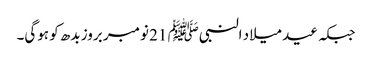
جبکہ عید میلاد النبیﷺ 21 نومبر بروز بدھ کو ہوگی۔